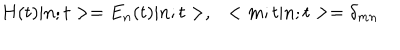
H ( t ) | n ; t > = E _ { n } ( t ) | n ; t > , ~ ~ < m ; t | n ; t > = \delta _ { m n }